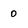
Character: O